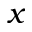
x